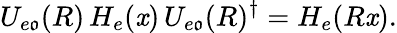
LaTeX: U_{e\mathfrak{o}}(R)\, H_{e}(\mathit{x})\, U_{e\mathfrak{o}}(R)^{\dagger}=H_{e}(R\mathit{x}).